Civil Veterinary Dept. North-West Frontier Province 1933-46 - 1933-1946
Year: 1933
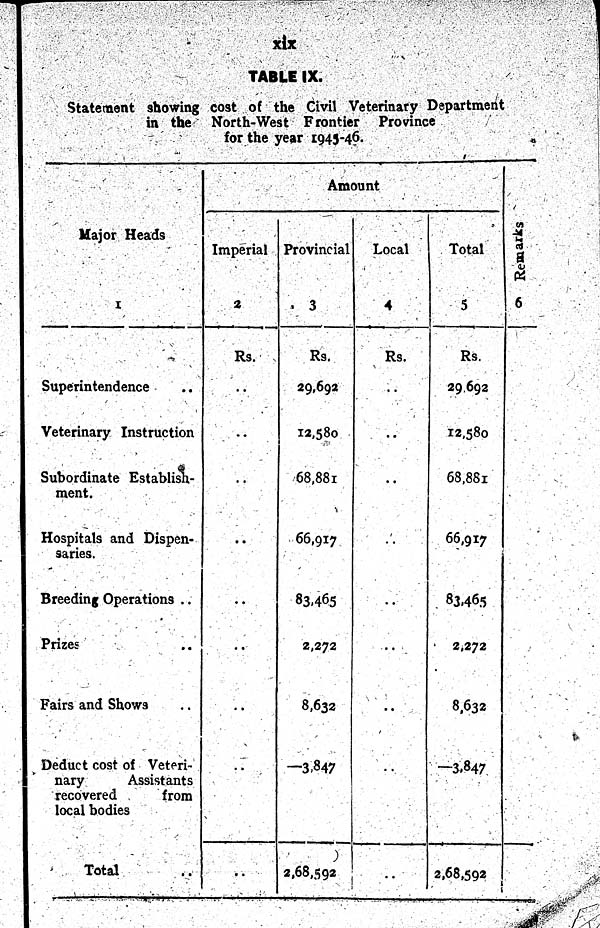
xix
TABLE IX.
Statement showing cost of the Civil Veterinary Department
in the North-West Frontier Province
for the year 1945-46.
Major Heads
1
Superintendence ..
Veterinary Instruction
Subordinate Establish-
ment.
Hospitals and Dispen-
saries.
Breeding Operations ..
Prizes ..
Fairs and Shows ..
Deduct cost of Veteri-
nary
Assistants
recovered
from
local bodies
Total ..
Amount
Imperial
2
Rs.
..
..
..
..
..
..
..
..
..
Provincial
3
Rs.
29,692
12,580
68,881
66,917
83,465
2,272
8,632
—3,847
2,68,592
Local
4
Rs.
..
..
..
..
..
..
..
..
....
Total
5
Rs.
29,692
12,580
68,881
66,917
83,465
2,272
8,632
—3,847
2,68,592
Remarks
6